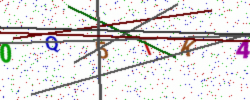
Text: 0Q5IK4